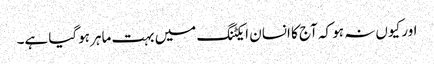
اور کیوں نہ ہو کہ آج کا انسان ایکٹنگ میں بہت ماہر ہوگیا ہے۔